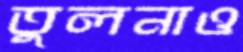
তুলনাও